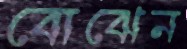
বোঝেন